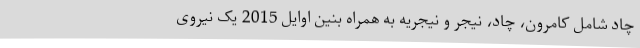
چاد شامل کامرون، چاد، نیجر و نیجریه به همراه بنین اوایل 2015 یک نیروی